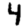
Digit: 4